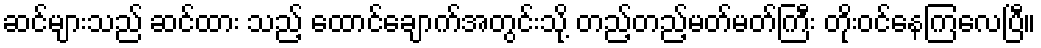
ဆင်များသည် ဆင်ထား သည့် ထောင်ချောက်အတွင်းသို့ တည့်တည့်မတ်မတ်ကြီး တိုးဝင်နေကြလေပြီ။